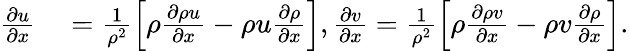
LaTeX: \begin{array}{rl}{\frac{\partial u}{\partial x}}&{{}=\frac{1}{{\rho}^{2}}\left[{\rho}\frac{\partial\rho u}{\partial x}-{\rho}{u}\frac{\partial\rho}{\partial x}\right],\frac{\partial v}{\partial x}=\frac{1}{{\rho}^{2}}\left[{\rho}\frac{\partial\rho v}{\partial x}-{\rho}{v}\frac{\partial\rho}{\partial x}\right].}\end{array}